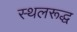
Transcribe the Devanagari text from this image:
स्थलरूद्ध